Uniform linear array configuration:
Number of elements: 16
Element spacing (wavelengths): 0.75
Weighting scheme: exponential
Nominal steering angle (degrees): -15
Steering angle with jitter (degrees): -16.039
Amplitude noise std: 0.05
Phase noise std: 0.05

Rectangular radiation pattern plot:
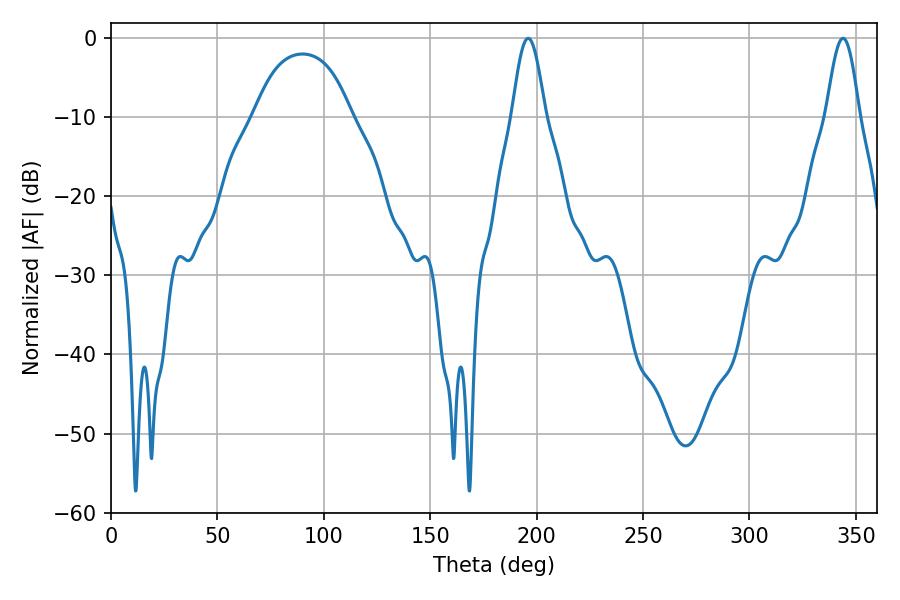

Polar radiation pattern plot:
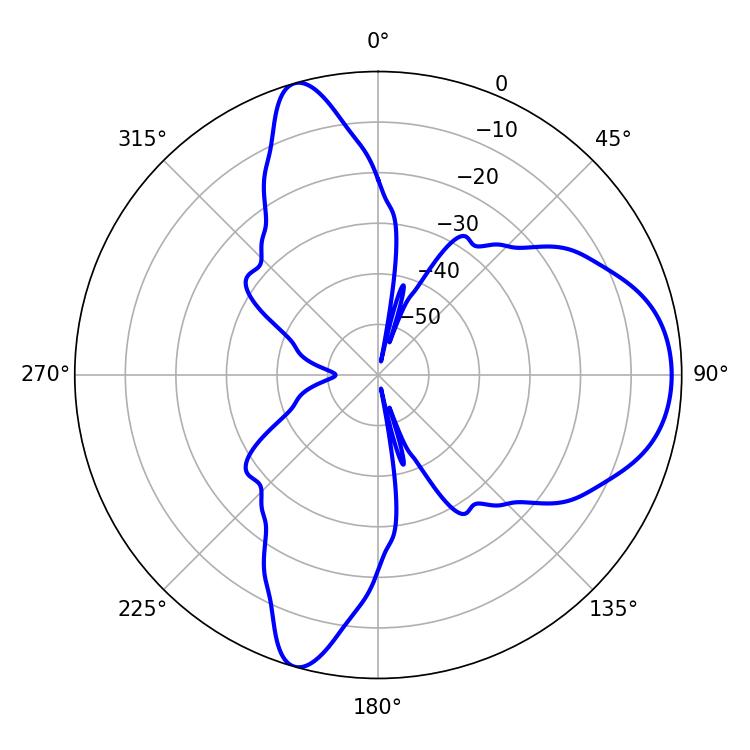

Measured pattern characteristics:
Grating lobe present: TRUE
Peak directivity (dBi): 8.837
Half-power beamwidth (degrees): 8.28
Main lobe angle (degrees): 196.02